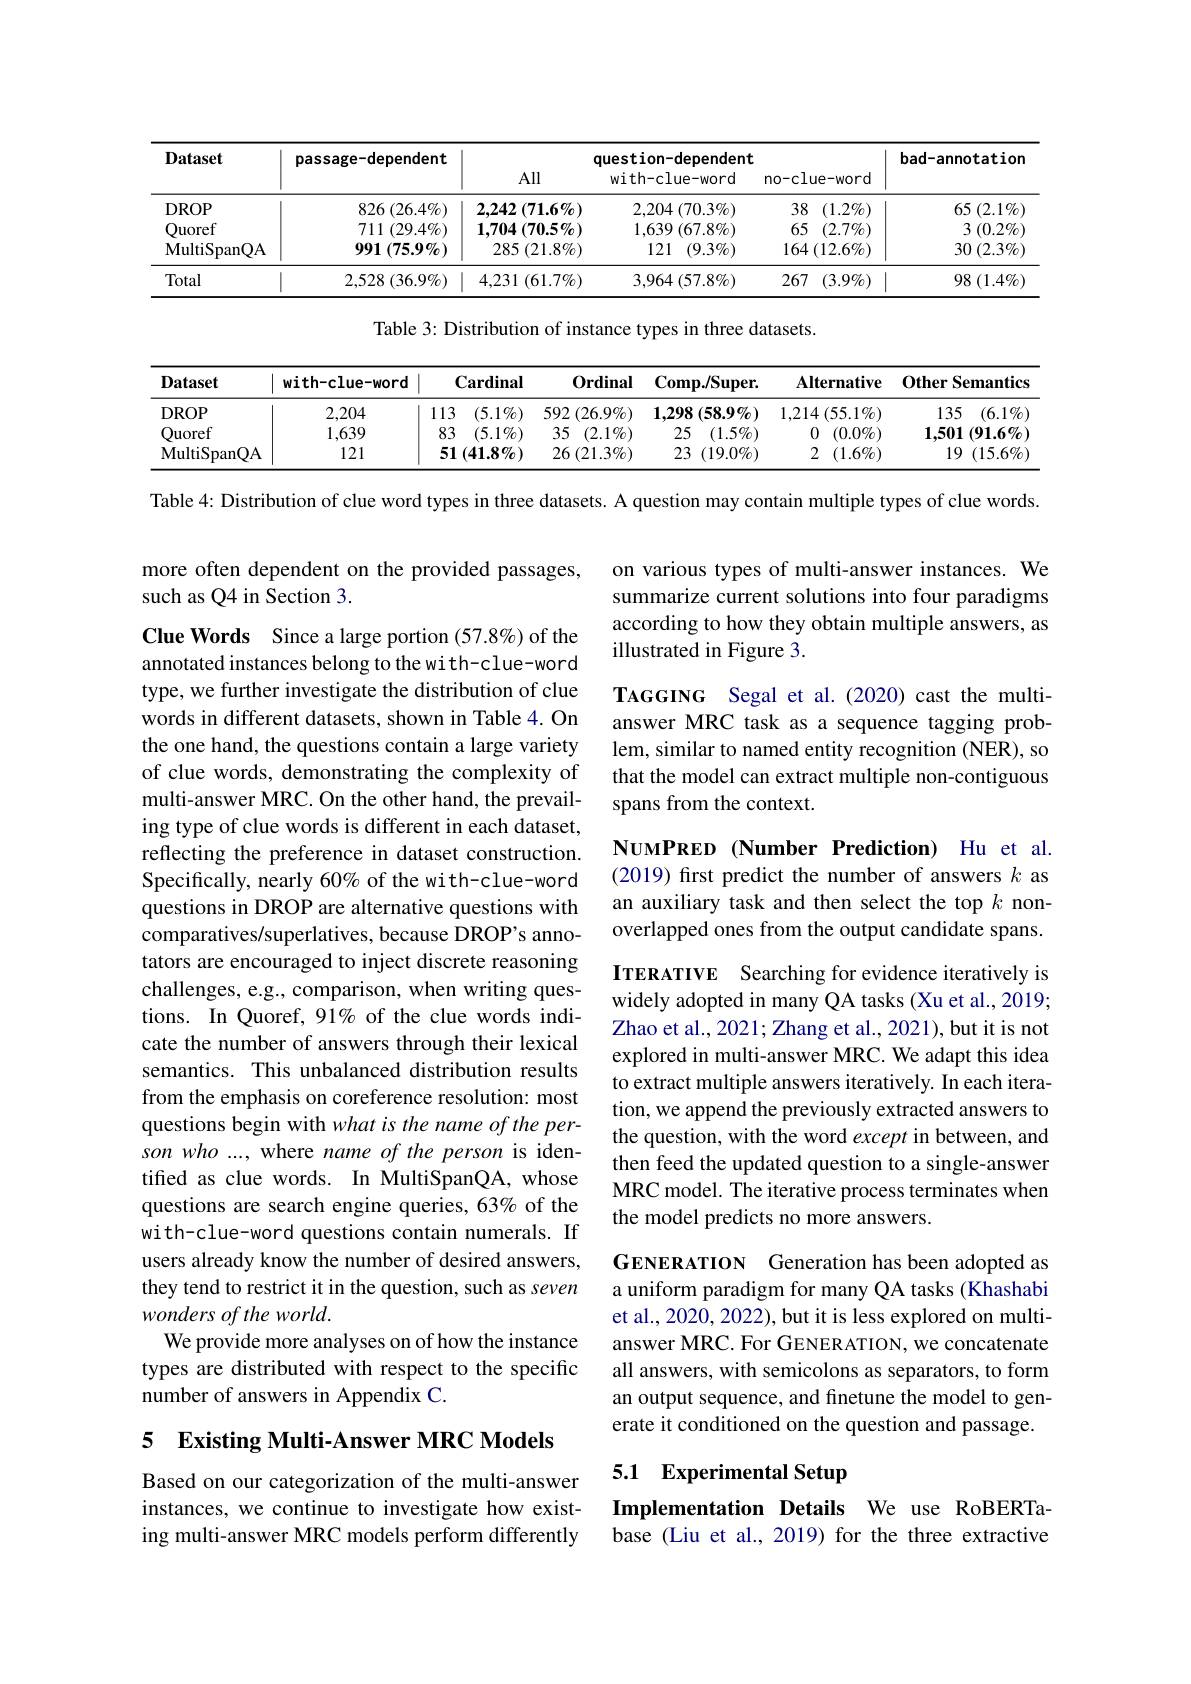
<table>
	<tbody>
		<tr>
			<th rowspan="2">Dataset</th>
			<th rowspan="2">passage-dependent</th>
			<th colspan="3">question-dependent</th>
			<th rowspan="2">bad-annotatior</th>
		</tr>
		<tr>
			<th>All</th>
			<th>with-clue-word</th>
			<th>no-clue-word</th>
		</tr>
		<tr>
			<td>DROP</td>
			<td>826 $( 26. 4\% )$</td>
			<td>2,242 $:(71.6\%)$</td>
			<td>2,204 $1\left(70.3\%\right)$</td>
			<td>38 $(1.2\%)$</td>
			<td>65 $( 2. 1\%$</td>
		</tr>
		<tr>
			<td>Ouoref</td>
			<td>711 $( 29. 4\% )$</td>
			<td>1,704 ${\mathbf{1}}\left(70.5\%\right)$ I</td>
			<td>1,639 $( 67. 8\% )$</td>
			<td>65 $(2.7\%)$</td>
			<td>3 $( 0. 2\%$</td>
		</tr>
		<tr>
			<td>$\mathbf{MultiSpanQA}$</td>
			<td>$991\left(75.9\%\right)$</td>
			<td>285 $( 21. 8\% )$</td>
			<td>121 $(9.3\%)$</td>
			<td>$164\left(12.6\%\right)$</td>
			<td>30 $( 2. 3\% ]$</td>
		</tr>
		<tr>
			<td>Total</td>
			<td>2,528 $( 36. 9\% )$</td>
			<td>$4,231\left(\right)$ $(61.7\%)$</td>
			<td>3,964 $( 57. 8\% )$</td>
			<td>267 $(3.9\%)$</td>
			<td>98 $( 1. 4\%$</td>
		</tr>
	</tbody>
</table>

Table 3: Distribution of instance types in three datasets.

<table>
	<tbody>
		<tr>
			<th>Dataset</th>
			<th>with-clue-word</th>
			<th>Cardinal</th>
			<th>$0rdinal$</th>
			<th>Comp. / Super. </th>
			<th>Alternative</th>
			<th>Other Semantics</th>
		</tr>
		<tr>
			<td>DROP</td>
			<td>2,204</td>
			<td>113 $(5.1\%)$</td>
			<td>$592\left(26.9\%\right)$</td>
			<td>$1,298\left(58.9\%\right)$</td>
			<td>$1,214\left(55.1\%\right)$</td>
			<td>135 $(6.1\%$</td>
		</tr>
		<tr>
			<td>Ouoref</td>
			<td>1,639</td>
			<td>83 $(5.1\%)$</td>
			<td>35 $(2.1\%)$</td>
			<td>25 $(1.5\%)$</td>
			<td>$(0.0\%)$ 0</td>
			<td>1,501 $(91.6\%$</td>
		</tr>
		<tr>
			<td>MultiSpanQA</td>
			<td>121</td>
			<td>51( $(41.8\%)$</td>
			<td>$26\left(21.3\%\right)$</td>
			<td>23 $(19.0\%)$</td>
			<td>2 $(1.6\%)$</td>
			<td>19 $(15.6\%$</td>
		</tr>
	</tbody>
</table>

Table 4: Distribution of clue word types in three datasets. A question may contain multiple types of clue words.

### more often dependent on the provided passages, such as Q4 in Section 3.

on various types of multi-answer instances. We summarize current solutions into four paradigms according to how they obtain multiple answers, as illustrated in Figure 3.

TAGGING Segal et al.(2020) cast the multianswer MRC task as a sequence tagging problem, similar to named entity recognition (NER), so that the model can extract multiple non-contiguous spans from the context.

NUMPRED (Number Prediction) Hu et al. (2019) first predict the number of answers $k$ as an auxiliary task and then select the top $k$ nonoverlapped ones from the output candidate spans.

Clue Words Since a large portion (57.8%) of the annotated instances belong to the wi th-clue-word type, we further investigate the distribution of clue words in different datasets, shown in Table 4. On the one hand, the questions contain a large variety of clue words, demonstrating the complexity of multi-answer MRC. On the other hand, the prevailing type of clue words is different in each dataset, reflecting the preference in dataset construction. Specifically, nearly 60% of the with-clue-word questions in DROP are alternative questions with comparatives/superlatives, because DROP's annotators are encouraged to inject discrete reasoning challenges, e.g., comparison, when writing questions. In Quoref, 91% of the clue words indicate the number of answers through their lexical semantics. This unbalanced distribution results from the emphasis on coreference resolution: most questions begin with what is the name of the person who ..., where name of the person is identifed as clue words. In MultiSpanQA, whose questions are search engine queries, 63% of the with-clue-word questions contain numerals. If users already know the number of desired answers, they tend to restrict it in the question, such as seven wonders of the world.
We provide more analyses on of how the instance types are distributed with respect to the specific number of answers in Appendix C.

ITERATIVE Searching for evidence iteratively is widely adopted in many QA tasks (Xu et al., 2019; Zhao et al., 2021; Zhang et al., 2021), but it is not explored in multi-answer MRC. We adapt this idea to extract multiple answers iteratively. In each iteration, we append the previously extracted answers to the question, with the word except in between, and then feed the updated question to a single-answer MRC model. The iterative process terminates when the model predicts no more answers.

GENERATION Generation has been adopted as a uniform paradigm for many QA tasks (Khashabi et al., 2020, 2022), but it is less explored on multianswer MRC. For GENER ATION, we concatenate all answers, with semicolons as separators, to form an output sequence, and finetune the model to generate it conditioned on the question and passage.

5 $\textbf{Existing Multi- Answer MRC Models}$

5.1 Experimental Setup

Implementation Details We use RoBERTa-

Based on our categorization of the multi-answer instances, we continue to investigate how existing multi-answer MRC models perform differently

base (Liu et al., 2019) for the three extractive